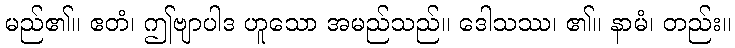
မည်၏။ ဧတံ၊ ဤဗျာပါဒ ဟူသော အမည်သည်။ ဒေါသဿ၊ ၏။ နာမံ၊ တည်း။